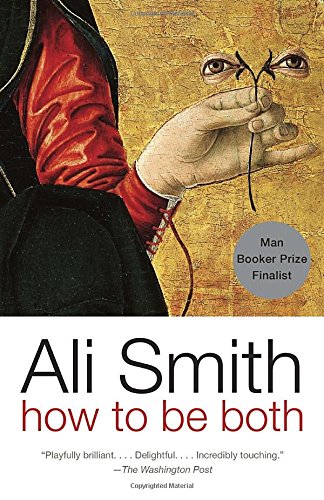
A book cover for How to be both: A novel; Ali Smith; Literature & Fiction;